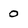
Character: 0